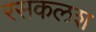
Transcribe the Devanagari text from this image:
रसकलश